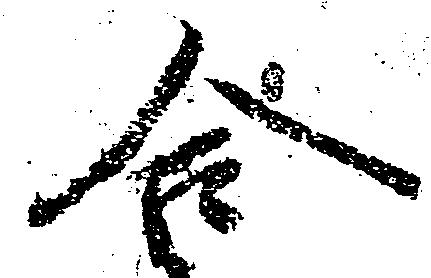
合